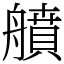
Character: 䒈